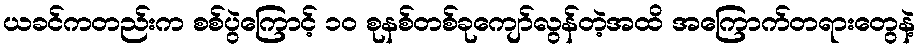
ယခင်ကတည်းက စစ်ပွဲကြောင့် ၁၀ စုနစ်တစ်ခုကျော်လွန်တဲ့အထိ အကြောက်တရားတွေနဲ့